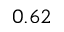
0 . 6 2